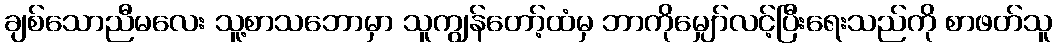
ချစ်သောညီမလေး သူ့စာသဘောမှာ သူကျွန်တော့်ထံမှ ဘာကိုမျှော်လင့်ပြီးရေးသည်ကို စာဖတ်သူ